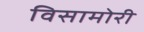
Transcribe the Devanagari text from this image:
विसामोरी